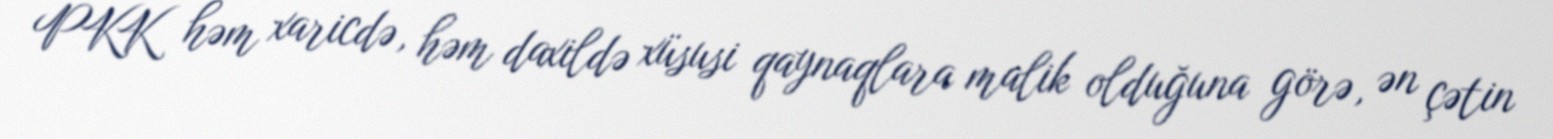
PKK həm xaricdə, həm daxildə xüsusi qaynaqlara malik olduğuna görə, ən çətin